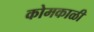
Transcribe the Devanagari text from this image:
कोमकाळी